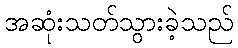
အဆုံးသတ်သွားခဲ့သည်